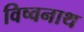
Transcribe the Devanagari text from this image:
विष्वनाथ